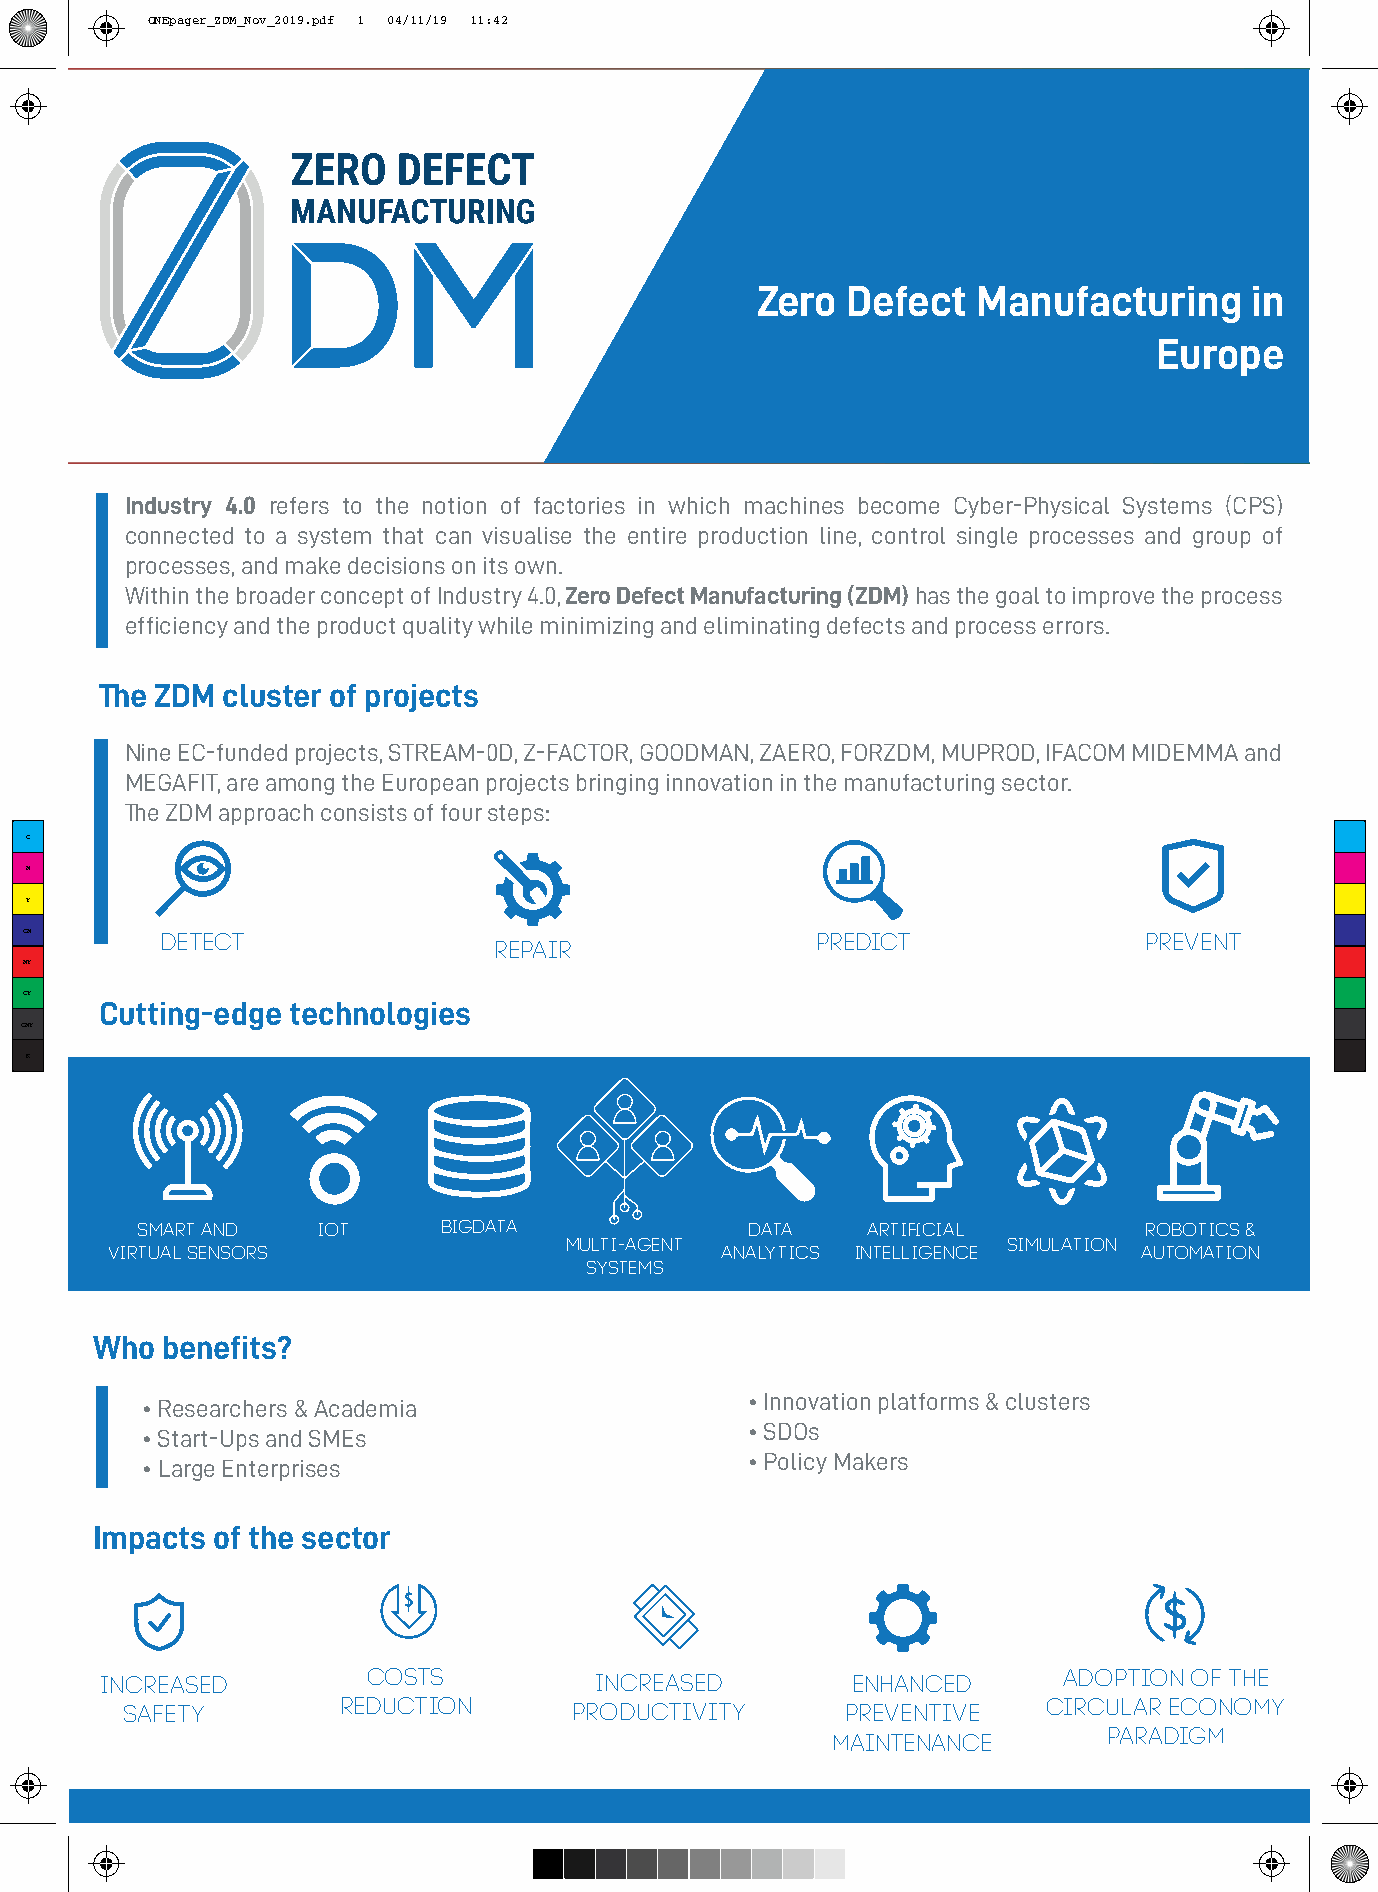
ONEpager_ZDM_Nov_2019.pdf 1 04/11/19 11:42
 Zero  Defect   Manufacturing     in
 Europe
 Industry 4.0 refers to the notion of factories in which machines become Cyber-Physical Systems (CPS)
 connected to a system that can visualise the entire production line, control single processes and group of
 processes, and make decisions on its own.
 Within the broader concept of Industry 4.0, Zero Defect Manufacturing (ZDM) has the goal to improve the process
 efficiency and the product quality while minimizing and eliminating defects and process errors.
 The ZDM cluster of projects
 Nine EC-funded projects, STREAM-0D, Z-FACTOR, GOODMAN, ZAERO, FORZDM, MUPROD, IFACOM MIDEMMA and
 MEGAFIT, are among the European projects bringing innovation in the manufacturing sector.
 The ZDM approach consists of four steps:
 C
 M
 Y
 CM       Detect                                     Predict               Prevent
 repair
 MY
 CY
 Cutting-edge technologies
 CMY
 K
 Smart and   IoT     bigdata              data   Artificial         Robotics &
 Multi-agent                   simulation
 Virtual Sensors                          Analytics Intelligence      Automation
 systems
 Who  benefits?
 • Innovation platforms & clusters
 • Researchers & Academia
 • SDOs
 • Start-Ups and SMEs
 • Policy Makers
 • Large Enterprises
 Impacts of the sector
 Increased        Costs          Increased        Enhanced      Adoption of the
 Safety        reduction       Productivity      preventive   Circular Economy
 Paradigm
 maintenance
 Zero Defect Manufacturing
 in Europe